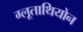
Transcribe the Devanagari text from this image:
ग्लूताथियोन